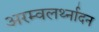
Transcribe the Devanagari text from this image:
अरम्वलर्थ्नादन